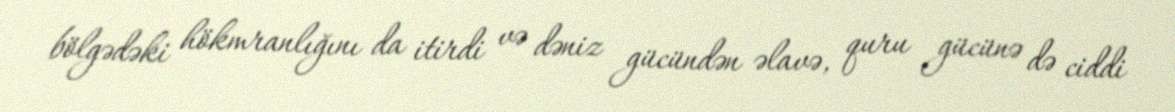
bölgədəki hökmranlığını da itirdi və dəniz gücündən əlavə, quru gücünə də ciddi